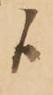
候